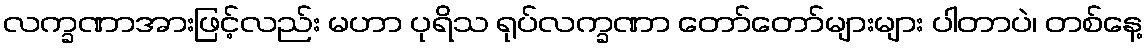
လက္ခဏာအားဖြင့်လည်း မဟာ ပုရိသ ရုပ်လက္ခဏာ တော်တော်များများ ပါတာပဲ၊ တစ်နေ့